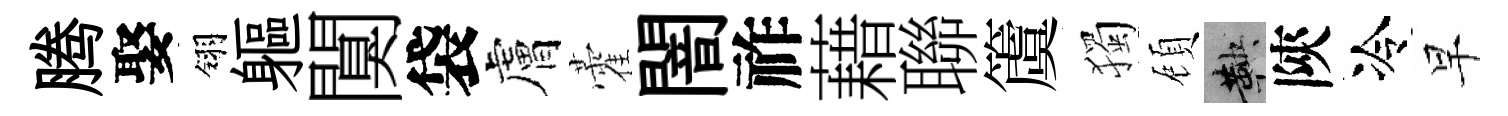
腾娶翎軀闃袋膚藿闇祚藉聯𥵂獨頋鞅陝冷早